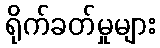
ရိုက်ခတ်မှုများ